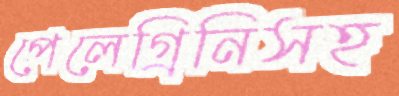
পেলেগ্রিনিসহ